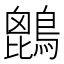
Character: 𪄆